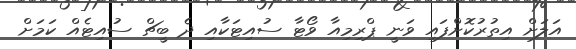
އަލަށް އިތުރުކޮށްފައި ވަނީ ޕްރިމިއާ ވޯޓާ ސުއިޓަކާއި ދެ ބީޗް ސުއިޓެއް ކަމަށް